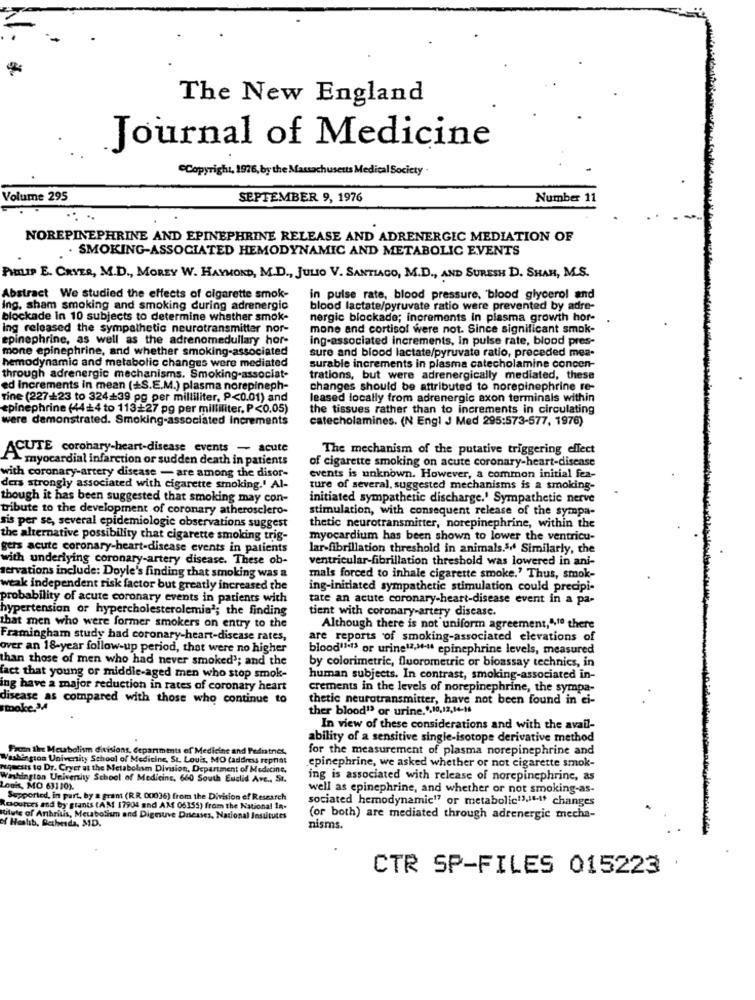
The New England
Journal of Medicine
Copyright, 1976, by the Massachusetts Medical Society
Volume 295
SEPTEMBER 9, 1976
Number 11
NOREPINEPHRINE AND EPINEPHRINE RELEASE AND ADRENERGIC MEDIATION OF
. SMOKING-ASSOCIATED HEMODYNAMIC AND METABOLIC EVENTS
PHILIP E. CRYER, M.D ., MOREY W. HAYMOND, M.D ., JULIO V. SANTIAGO, M.D ., AND SURESH D. SHAR, M.S.
Abstract We studied the effects of cigarette smok-
in pulse rate, blood pressure, 'blood glycerol and
ing. sham smoking and smoking during adrenergic
blood lactate/pyruvate ratio were prevented by adre-
blockade in 10 subjects to determine whether smok-
nergic blockade; increments In plasma growth hor-
ing released the sympathetic neurotransmitter nor-
mone and cortisol were not. Since significant smok-
epinephrine, as well as the adrenomedullary hor-
ing-associated increments, in pulse rate, blood pres-
mone epinephrine, and whether smoking-associated
sure and blood lactate/pyruvate ratio, preceded mes-
hemodynamic and metabolic changes were mediated
surable increments in plasma catecholamine concen-
through adrenergic mechanisms. Smoking-associat-
trations, but were adrenergically mediated, these
ed increments in mean (+S.E.M.) plasma norepineph-
changes should be attributed to norepinephrine re-
Tine (227+23 to 324+39 pg per milliliter, P<0.01) and
leased locally from adrenergic axon terminals within
epinephrine (44+4 to 113+27 pg per milliliter, P<0.05)
the tissues rather than to increments in circulating
were demonstrated. Smoking-associated Increments
catecholamines. (N Engl J Med 295:573-577, 1976)
ACUTE coronary-heart-disease events - acute
The mechanism of the putative triggering effect
myocardial infarction or sudden death in patients
of cigarette smoking on acute coronary-heart-disease
with coronary artery disease - are among the disor-
events is unknown. However, a common initial fea-
ders strongly associated with cigarette smoking.' Al-
ture of several, suggested mechanisms is a smoking-
though it has been suggested that smoking may con-
initiated sympathetic discharge.' Sympathetic nerve
tribute to the development of coronary atherosclero-
stimulation, with consequent release of the sympa-
sis per se, several epidemiologic observations suggest
thetic neurotransmitter, norepinephrine, within the
the alternative possibility that cigarette smoking trig-
myocardium has been shown to lower the ventricu-
gers acute coronary-heart-disease events in patients
lar-fibrillation threshold in animals.5. Similarly, the
with underlying coronary-artery disease. These ob-
ventricular-fibrillation threshold was lowered in ani-
servations include: Doyle's finding that smoking was a
mals forced to inhale cigarette smoke.' Thus, smok-
weak independent risk factor but greatly increased the
ing-initiated sympathetic stimulation could precipi-
probability of acute coronary events in patients with
tate an acute coronary-heart-disease event in a pa-
hypertension or hypercholesterolemia'; the finding
tient with coronary-artery disease.
that men who were former smokers on entry to the
Although there is not uniform agreement,",10 there
Framingham study had coronary-heart-disease rates,
are reports of smoking-associated elevations of
over an 18-year follow-up period, that were no higher
blood''ts or urine12,"-" epinephrine levels, measured
than those of men who had never smoked'; and the
by colorimetric, fluorometric or bioassay technics, in
fact that young of middle-aged men who stop smok-
human subjects. In contrast, smoking-associated in-
ing have a major reduction in rates of coronary heart
crements in the levels of norepinephrine, the sympa-
disease as compared with those who continue to
thetic neurotransmitter, have not been found in ei-
smoke.34
ther blood" or urine.",10,12,14-16
In view of these considerations and with the avail-
ability of a sensitive single-isotope derivative method
From Ihre Metabolism divisions, departments of Medicine and Pedntnes,
for the measurement of plasma norepinephrine and
Washington University School of Medicine, St. Louis, MO (address reprint
s to Dr. Cryer ut the Metabolism Division, Department of Medicine,
epinephrine, we asked whether or not cigarette smok-
ston University School of Medicine, 660 South Euclid Ave ., St.
ing is associated with release of norepinephrine, as
Louis, MO 63110).
well as epinephrine, and whether or not smoking-as-
Supported, in part, by a grant (R.R. 00036) from the Division of Research
sociated hemodynamic"? or metabolic"3 ... It changes
Roosters and by stanis (AM 17904 and AM 06155) from the National In-
titute of Anbritis, Metabolism and Digeuve Diseases, National Institutes
(or both) are mediated through adrenergic mecha-
of Health, Bethesda, MD.
nisms.
CTR SP-FILES 015223